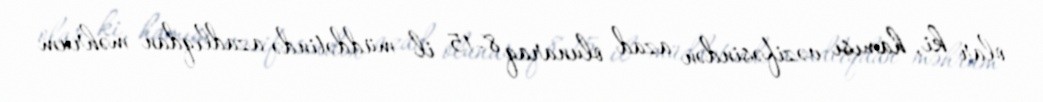
olar ki, hamısı vəzifəsindən azad olunaraq 8-15 il müddətində azadlıqdan məhrum